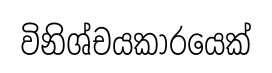
විනිශ්චයකාරයෙක්